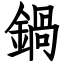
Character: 鍋